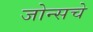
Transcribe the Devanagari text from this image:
जोन्सचे